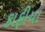
કાફીયા